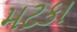
મટકા